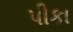
પીકા